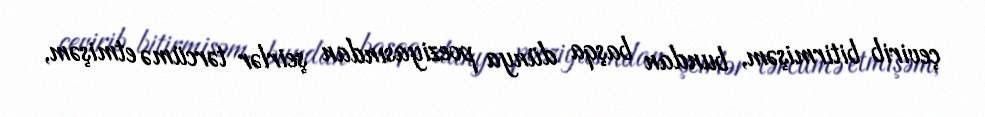
çevirib bitirmişəm, bundan başqa dünya poeziyasından şeirlər tərcümə etmişəm,